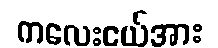
ကလေးငယ်အား